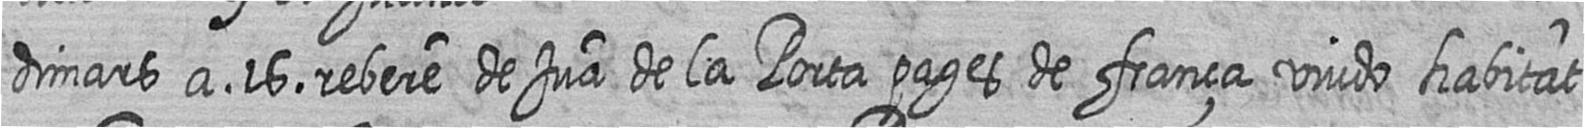
dimars a 16 rebere de Jua de la Porta pages de frança viudo habitat